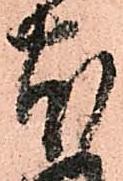
本